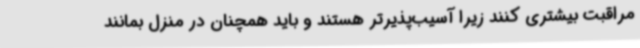
مراقبت بیشتری کنند زیرا آسیب‌پذیرتر هستند و باید همچنان در منزل بمانند